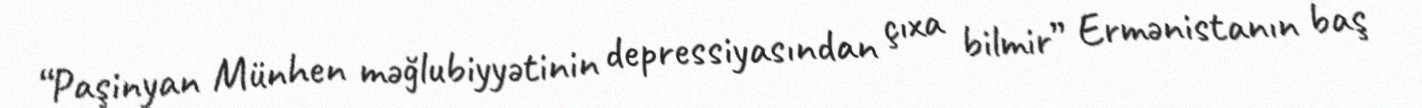
“Paşinyan Münhen məğlubiyyətinin depressiyasından çıxa bilmir” Ermənistanın baş